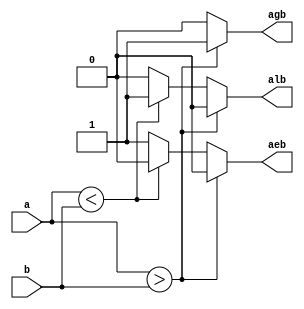
module comparator#(parameter n = 32)(
  input [n-1:0]a,b,
  output reg agb, alb, aeb);
  
  always@(*)
    begin
      if(a>b)
        begin
          agb = 1'b1;
          alb = 1'b0;
          aeb = 1'b0;
        end
      else if(a<b)
        begin
          agb = 1'b0;
          alb = 1'b1;
          aeb = 1'b0;
        end
      else
        begin
          agb = 1'b0;
          alb = 1'b0;
          aeb = 1'b1;
        end
    end
endmodule